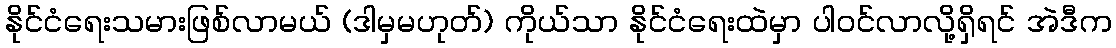
နိုင်ငံရေးသမားဖြစ်လာမယ် (ဒါမှမဟုတ်) ကိုယ်သာ နိုင်ငံရေးထဲမှာ ပါဝင်လာလို့ရှိရင် အဲဒီက